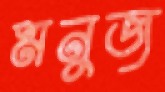
মনুজ